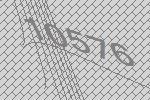
10576